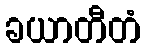
ခယာတီတံ